NAE_ERA_R-2632_ENSV_TA_Emakeele_Selts_1945-1955, lk 25
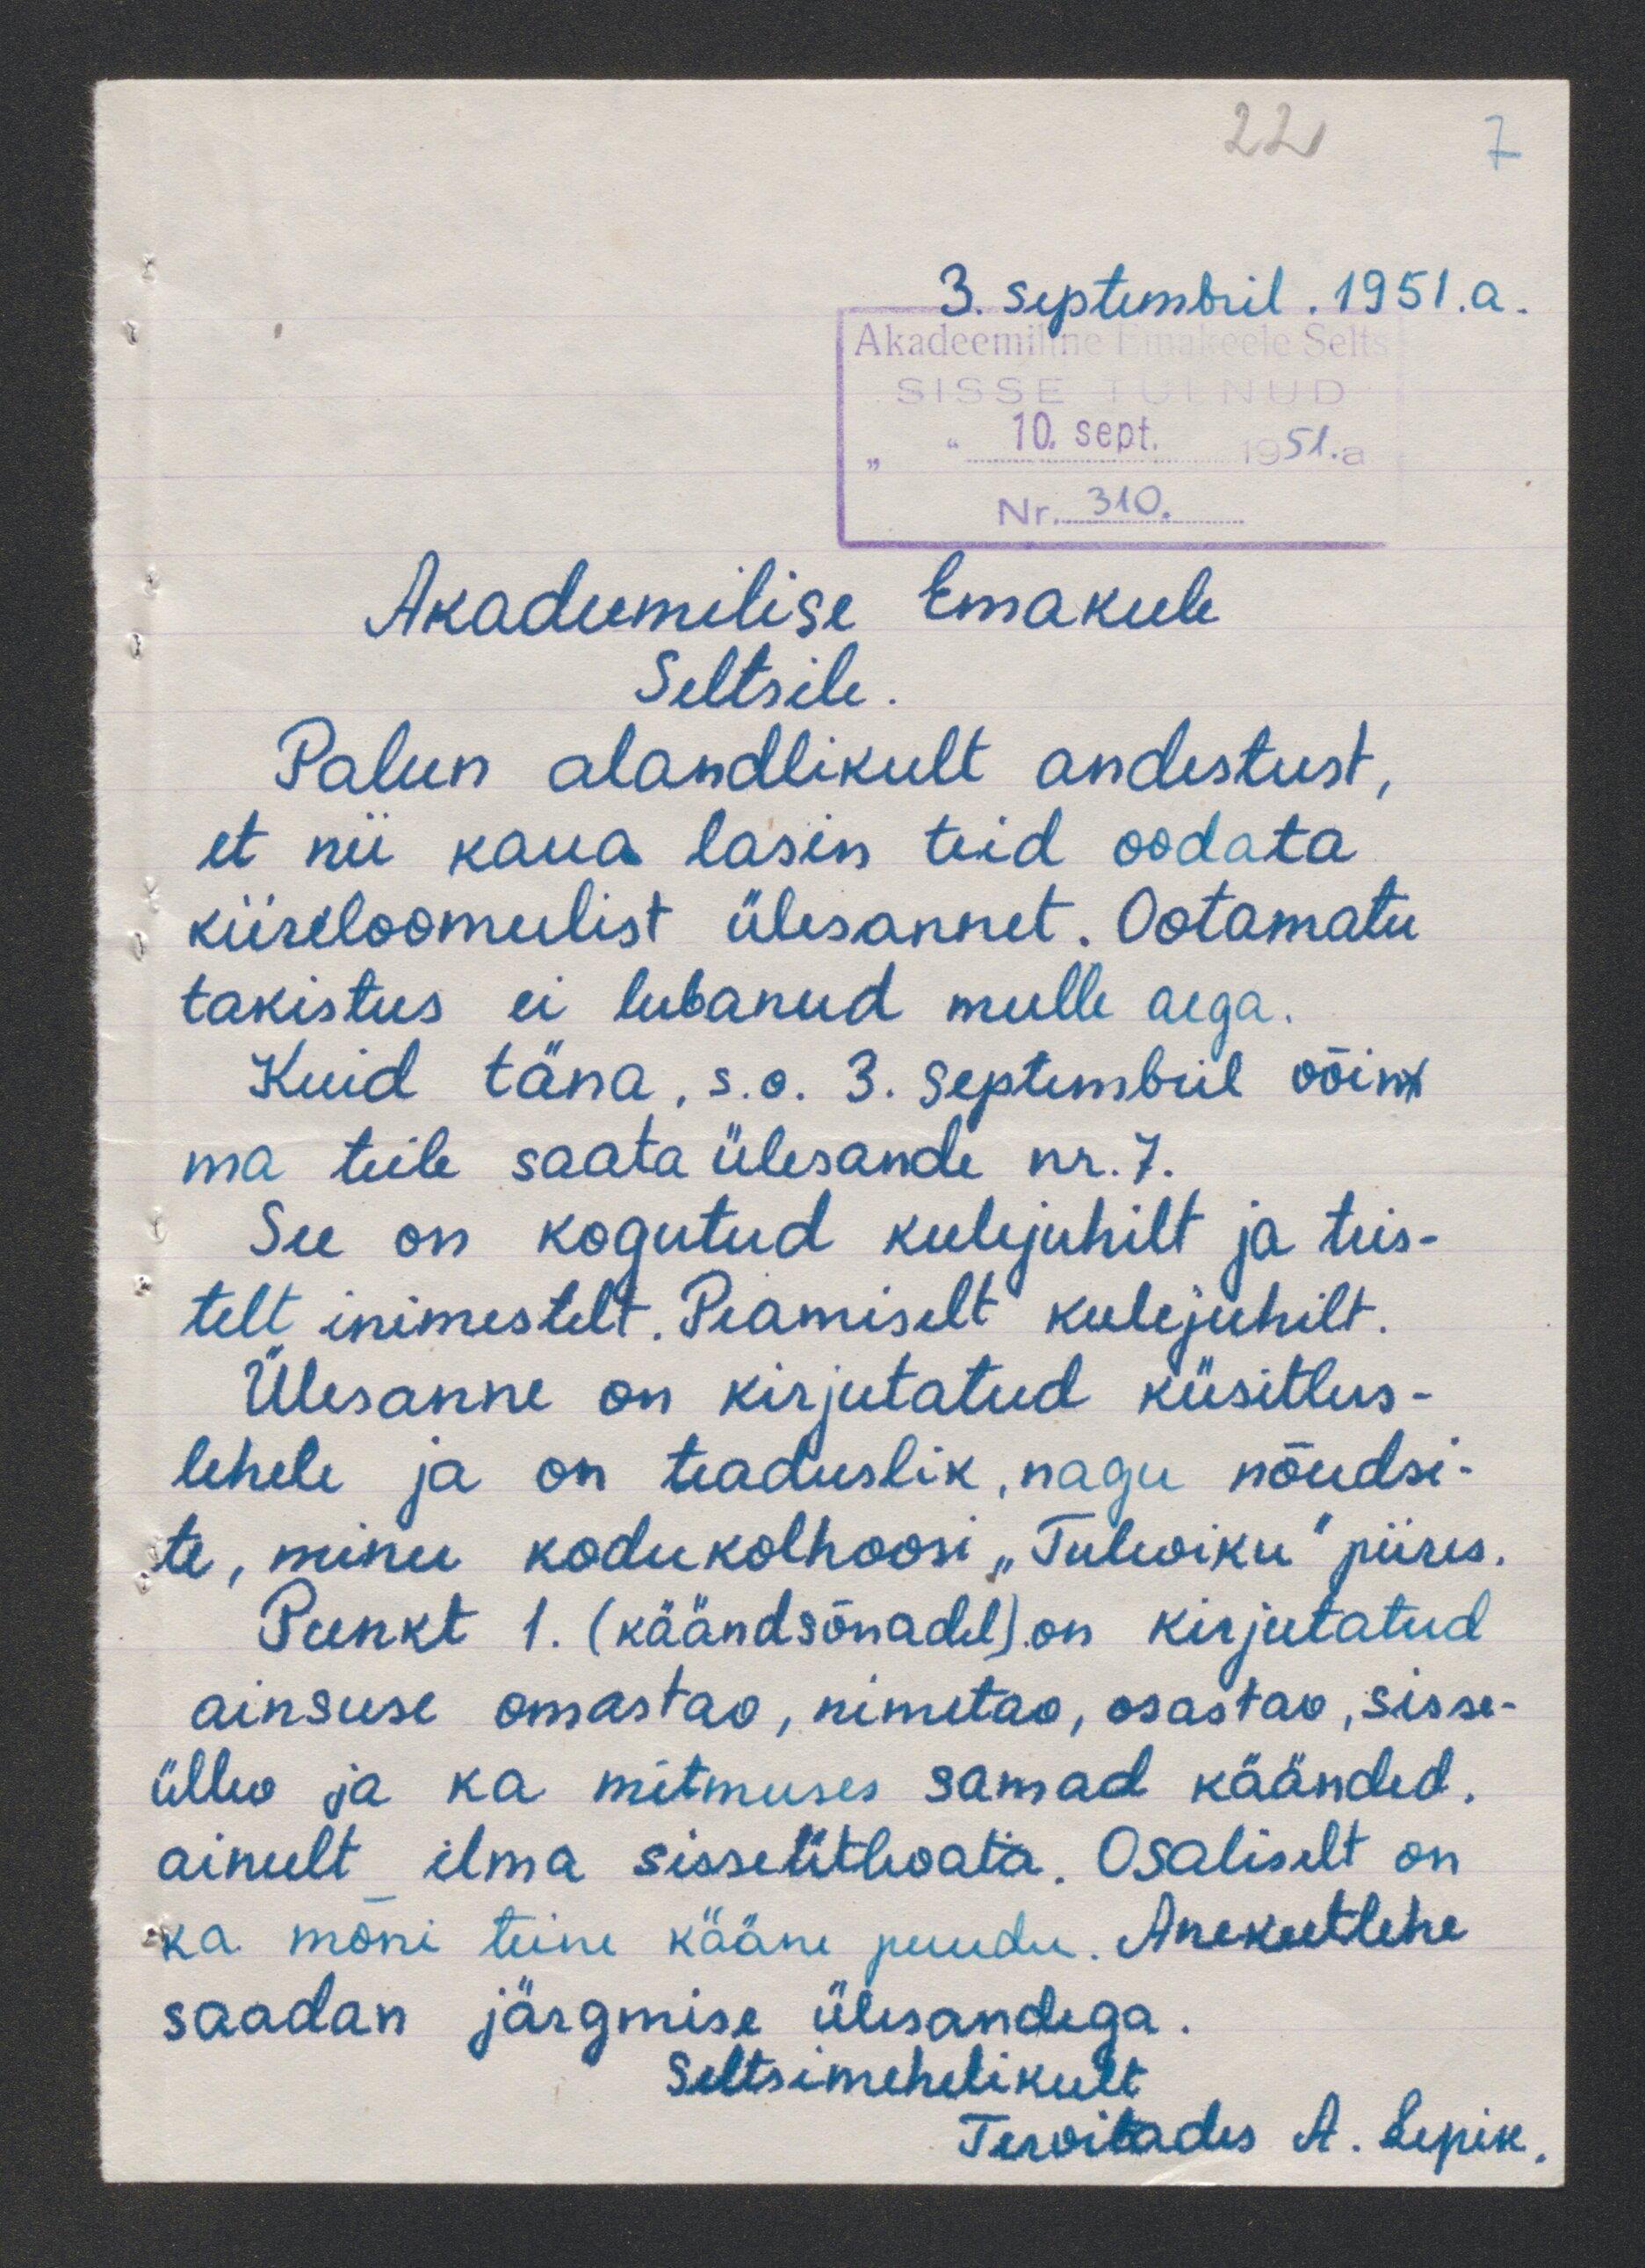
22
3. Septembril. 1951.a.
Akadeemilise Emakeele
Seltsile.
Palun alandlikult andestust,
et nii kaua lasin teid oodata
kiireloomulist ülesannet. Ootamatu
takistus ei lubanud mulle aega.
Kuid täna, s.o. 3. Septembril võin
ma teile saata ülesande nr. 7.
See on kogutud keelejuhilt ja teis-
telt inimestelt. Peamiselt keelejuhilt.
Ülesanne on kirjutatud küsitlus-
lehele ja on teaduslik, nagu nõudsi-
te, minu kodukolhoosi "Tuleviku" piires.
Punkt 1. (käändsõnadel) on kirjutatud
ainsuse omastav, nimetav, osastav, sisse-
üllus ja ka mitmuses samad käänded
ainult ilma sisseütlevata. Osaliselt on
ka mõni teine kääne puudu. Anekeetlehe
saadan järgmise ülesandega.
Seltsimehelikult
Tervitades A. Lepik